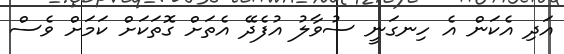
އަދި އެކަން އެ ހިނގަނީ ސުވާލު އުފެދޭ އެތަށް ގޮތަކަށް ކަމަށް ވެސް